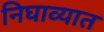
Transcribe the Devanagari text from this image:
निघाव्यात